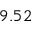
9 . 5 2